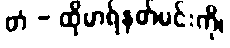
တံ - ထိုမာရ်နတ်မင်းကို၊